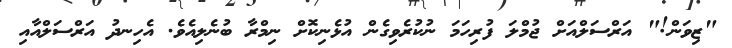
"ޒިވަން!" އަރްސަލްއަށް ޖުމްލަ ފުރިހަމަ ނުކުރެވިގެން އުޅެނިކޮށް ނިމްރާ ބުނެލިއެވެ. އެހިނދު އަރްސަލްއާއި